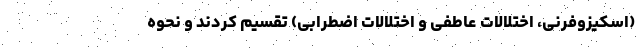
(اسکیزوفرنی، اختلالات عاطفی و اختلالات اضطرابی) تقسیم کردند و نحوه